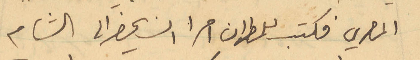
المصري فكتب للمطران امرا ان يحضر الى الشام